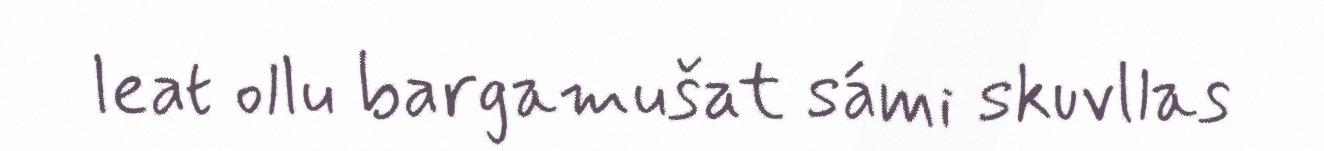
leat ollu bargamušat sámi skuvllas